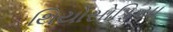
થિયોસોફિયા